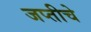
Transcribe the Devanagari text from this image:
जप्तीचे